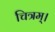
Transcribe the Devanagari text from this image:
चित्रम्।